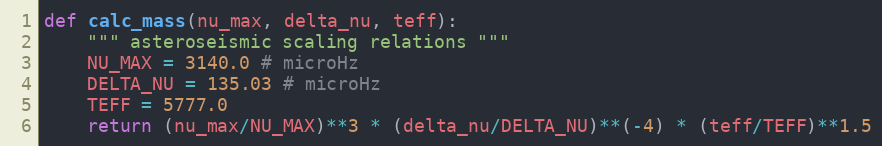
Language: Python
def calc_mass(nu_max, delta_nu, teff):
    """ asteroseismic scaling relations """
    NU_MAX = 3140.0 # microHz
    DELTA_NU = 135.03 # microHz
    TEFF = 5777.0
    return (nu_max/NU_MAX)**3 * (delta_nu/DELTA_NU)**(-4) * (teff/TEFF)**1.5